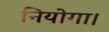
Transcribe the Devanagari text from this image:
नियोगा।